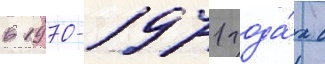
в 1970-1971 года́х с